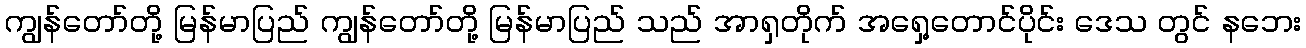
ကျွန်တော်တို့ မြန်မာပြည် ကျွန်တော်တို့ မြန်မာပြည် သည် အာရှတိုက် အရှေ့တောင်ပိုင်း ဒေသ တွင် နဘေး